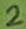
Text: 2